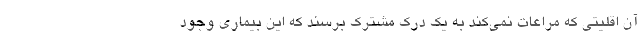
آن اقلیتی که مراعات نمی‌کند به یک درک مشترک برسند که این بیماری وجود